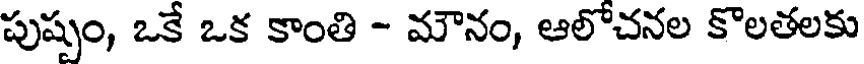
పుష్పం, ఒకే ఒక కాంతి - మౌనం, ఆలోచనల కొలతలకు